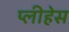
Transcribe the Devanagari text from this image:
प्लीहेस